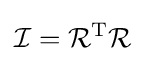
{\mathcal {I}}={\mathcal {R}}^{\text{T}}{\mathcal {R}}